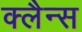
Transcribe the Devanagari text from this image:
क्लैन्स